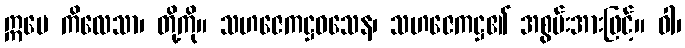
ဣမေ ကိလေသာ၊ တို့ကို။ သဟဇေကဋ္ဌဝသေန၊ သဟဇေကဋ္ဌ၏ အစွမ်းအားဖြင့်။ ဝါ၊